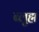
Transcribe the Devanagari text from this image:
ब्लुह्म